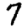
Digit: 7